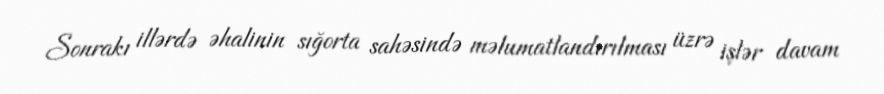
Sonrakı illərdə əhalinin sığorta sahəsində məlumatlandırılması üzrə işlər davam